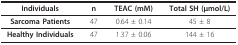
| Individuals | n | TEAC (mM) | Total SH (μmol/L) |
 | --- | --- | --- | --- |
 | Sarcoma Patients | 47 | 0.64 ± 0.14 | 45 ± 8 |
 | Healthy Individuals | 47 | 1.37 ± 0.06 | 144 ± 16 |